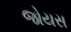
જોયસ